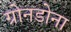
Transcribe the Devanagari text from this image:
ग्रोनडोना